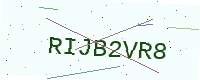
Text: RIJB2VR8